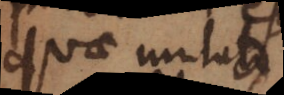
quae mutato